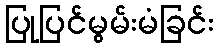
ပြုပြင်မွမ်းမံခြင်း